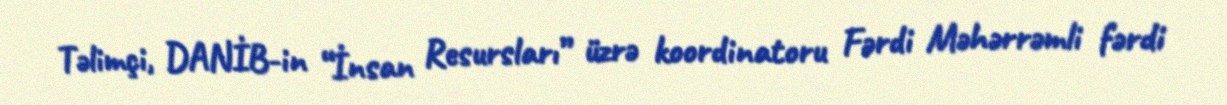
Təlimçi, DANİB-in “İnsan Resursları” üzrə koordinatoru Fərdi Məhərrəmli fərdi